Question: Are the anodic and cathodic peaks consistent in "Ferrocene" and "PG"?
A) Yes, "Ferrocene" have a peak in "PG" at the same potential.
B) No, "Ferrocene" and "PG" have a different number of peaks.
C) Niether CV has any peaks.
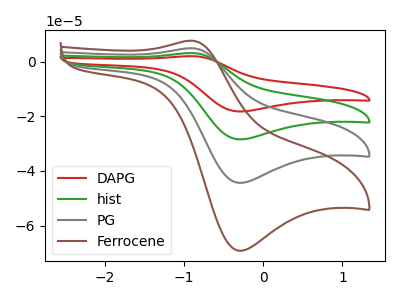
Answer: <think>The red curve "DAPG" has an anodic peak at (-0.90V, 14.80uA) and a cathodic peak at (-0.30V, -133.10uA). The green curve "hist" has an anodic peak at (-0.90V, 9.85uA) and a cathodic peak at (-0.30V, -88.75uA). The gray curve "PG" has an anodic peak at (-0.90V, 4.95uA) and a cathodic peak at (-0.30V, -44.35uA). The brown curve "Ferrocene" has an anodic peak at (-0.90V, 7.70uA) and a cathodic peak at (-0.30V, -69.20uA).</think>
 <answer>A) Yes, "Ferrocene" have a peak in "PG" at the same potential.</answer>
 <eval>A</eval>